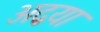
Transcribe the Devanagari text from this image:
अद्वया